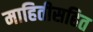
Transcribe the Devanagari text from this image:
माहितीसहित